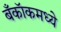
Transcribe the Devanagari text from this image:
बँकॉकमध्ये